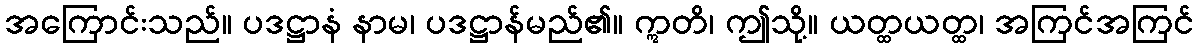
အကြောင်းသည်။ ပဒဋ္ဌာနံ နာမ၊ ပဒဋ္ဌာန်မည်၏။ ဣတိ၊ ဤသို့။ ယတ္ထယတ္ထ၊ အကြင်အကြင်